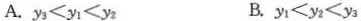
A.$$y _ { 3 } < y _ { 1 } < y _ { 2 }$$ B.$$y _ { 1 } < y _ { 2 } < y _ { 3 }$$